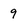
Character: 9